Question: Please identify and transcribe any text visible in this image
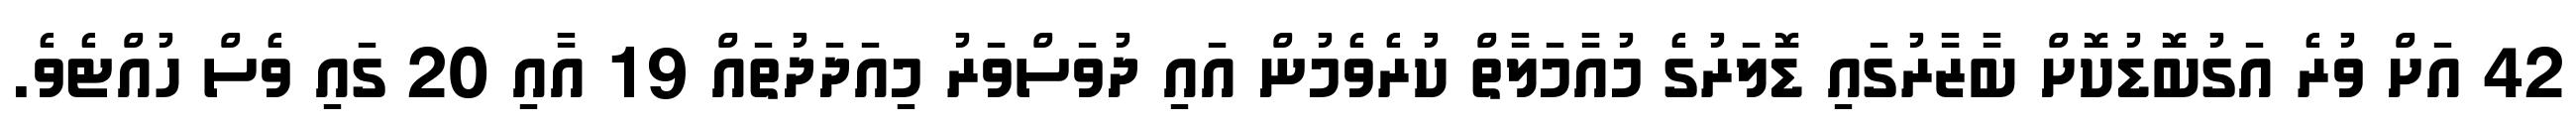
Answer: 42 އަށް ވުރެ އަގުބޮޑުކޮށް ބާޒާރުގައި ޑޮލަރުގެ މުއާމަލާތް ކުރެވެމުން އައި ދުވަސްވަރު މިއަދަދުތައް 19 އާއި 20 ގައި ވެސް ހުއްޓެވެ.